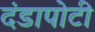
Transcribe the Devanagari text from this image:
दंडापोटी